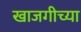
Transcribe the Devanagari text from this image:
खाजगीच्या